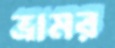
ভ্রামর